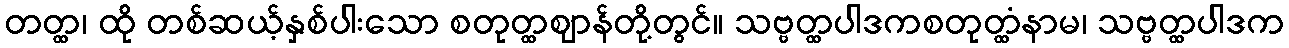
တတ္ထ၊ ထို တစ်ဆယ့်နှစ်ပါးသော စတုတ္ထဈာန်တို့တွင်။ သဗ္ဗတ္ထပါဒကစတုတ္ထံနာမ၊ သဗ္ဗတ္ထပါဒက